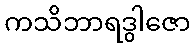
ကသိဘာရဒွါဇော